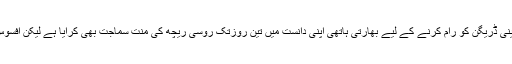
چینی ڈریگن کو رام کرنے کے لیے بھارتی ہاتھی اپنی دانست میں تین روزتک روسی ریچھ کی منت سماجت بھی کرآیا ہے لیکن افسوس!